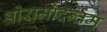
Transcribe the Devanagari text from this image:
श्रीरामोदन्तम